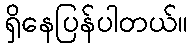
ရှိနေပြန်ပါတယ်။